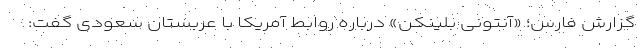
گزارش فارس؛ «آنتونی بلینکن» درباره روابط آمریکا با عربستان سعودی گفت: